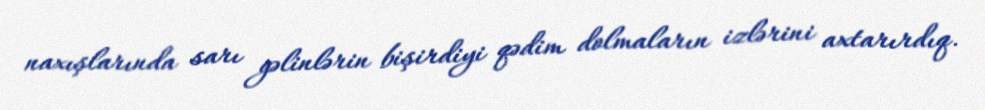
naxışlarında sarı gəlinlərin bişirdiyi qədim dolmaların izlərini axtarırdıq.